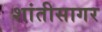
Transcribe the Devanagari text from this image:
शांतीसागर